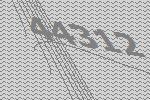
44312